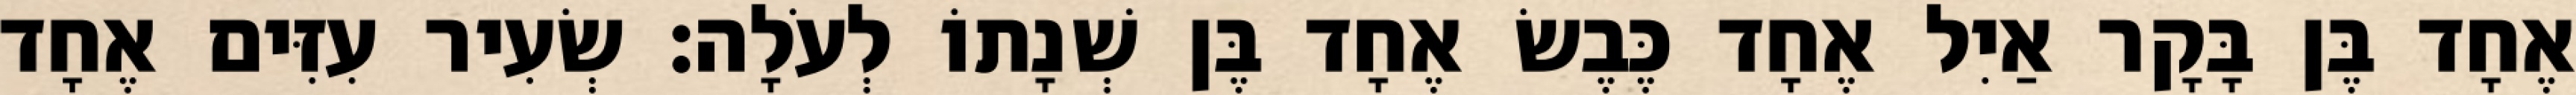
אֶחָד בֶּן בָּקָר אַיִל אֶחָד כֶּבֶשׂ אֶחָד בֶּן שְׁנָתוֹ לְעֹלָה׃ שְׂעִיר עִזִּים אֶחָד